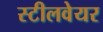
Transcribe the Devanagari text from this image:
स्टीलवेयर